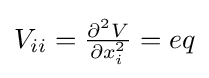
{\textstyle V_{ii}={\frac {\partial ^{2}V}{\partial x_{i}^{2}}}=eq}